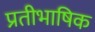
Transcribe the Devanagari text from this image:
प्रतीभाषिक